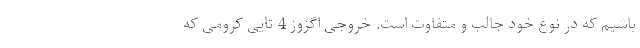
باشیم که در نوع خود جالب و متفاوت است. خروجی اگزوز 4 تایی کرومی که